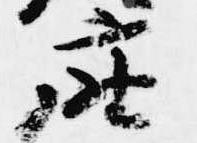
座